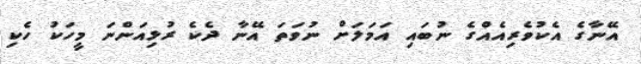
އޭނާގެ އެކުވެރިއެއްގެ ނުބައި އަމަލަށް ނުވަތަ އޭނާ ދެކެ ރުޅިއަންނަ މީހަކު ހެކި